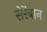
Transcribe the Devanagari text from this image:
सेरेंबान